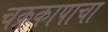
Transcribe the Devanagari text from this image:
चक्रकापाचा